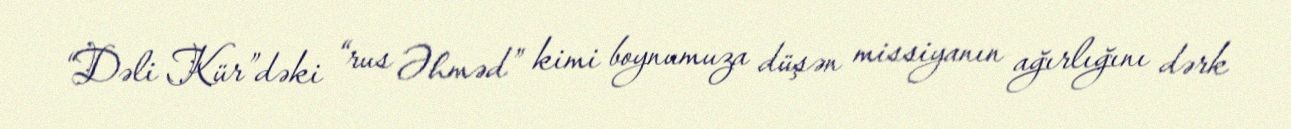
“Dəli Kür”dəki “rus Əhməd” kimi boynumuza düşən missiyanın ağırlığını dərk